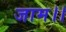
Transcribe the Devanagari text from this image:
जाम।।